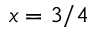
x = 3 / 4